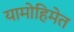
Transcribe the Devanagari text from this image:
यामोहिमेत